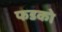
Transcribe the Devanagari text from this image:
फडको